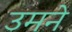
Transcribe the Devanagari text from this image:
उमने